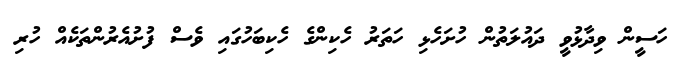
ހަސީން ވިދާޅުވީ ދައުލަތުން ހުށަހެޅި ހަތަރު ހެކިންގެ ހެކިބަހުގައި ވެސް ފުށުއެރުންތަކެއް ހުރި